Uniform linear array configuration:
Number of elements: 12
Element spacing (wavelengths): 0.75
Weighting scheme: hamming
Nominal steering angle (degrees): -30
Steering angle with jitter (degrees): -28.165
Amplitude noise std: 0.05
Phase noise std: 0.05

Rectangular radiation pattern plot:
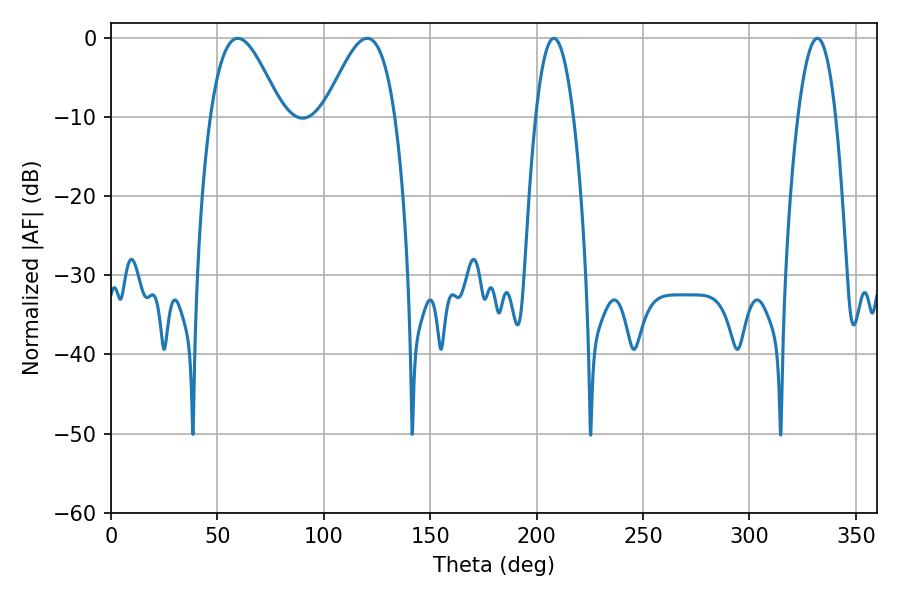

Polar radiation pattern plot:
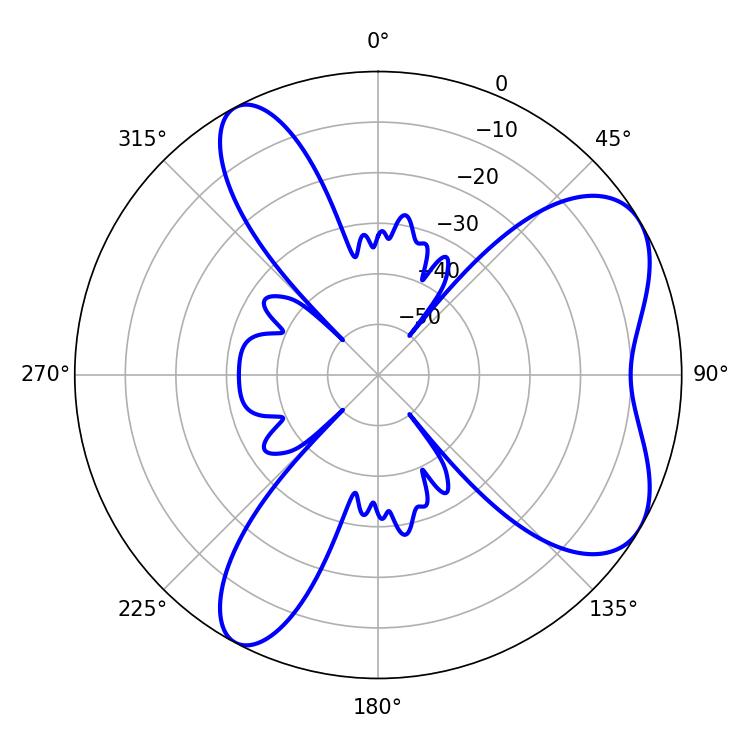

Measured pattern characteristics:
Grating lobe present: TRUE
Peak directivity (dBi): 6.461
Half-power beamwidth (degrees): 9.9
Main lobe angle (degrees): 208.08